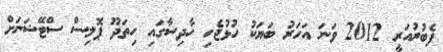
ފެބުރުއަރީ 2012 ވަނަ އަހަރު ބަޔަކު ހުޅުޖެހި ހާދިސާގައި ހިތަދޫ ޕޮލިސް ސްޓޭޝަނަށް